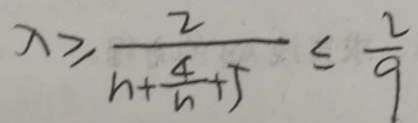
x \geq \frac { 2 } { n + \frac { 4 } { n } + 5 } \leq \frac { 2 } { 9 }